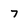
Character: 7